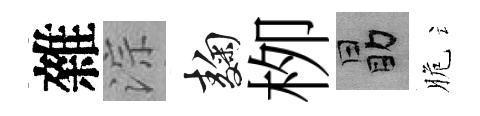
雜淙麹栁勗脆